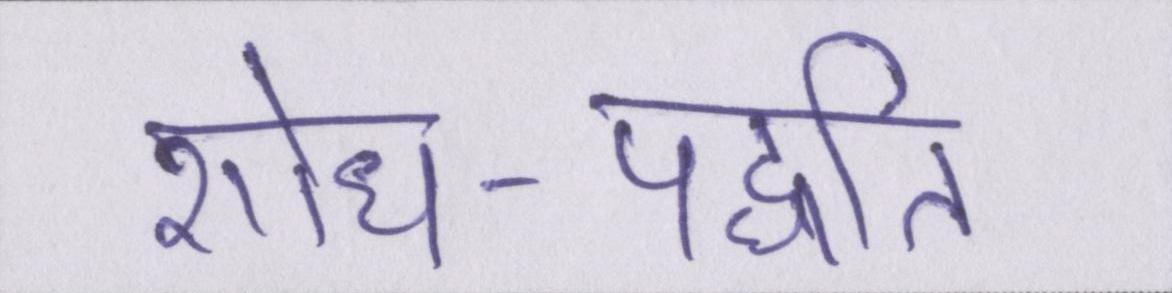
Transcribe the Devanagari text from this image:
शोध-पद्धति